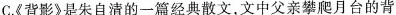
C.《背影》是朱自清的一篇经典散文，文中父亲攀爬月台的背